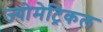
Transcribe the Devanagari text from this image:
ज्योमेट्रिकल